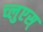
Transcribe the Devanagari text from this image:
च्लुएस्